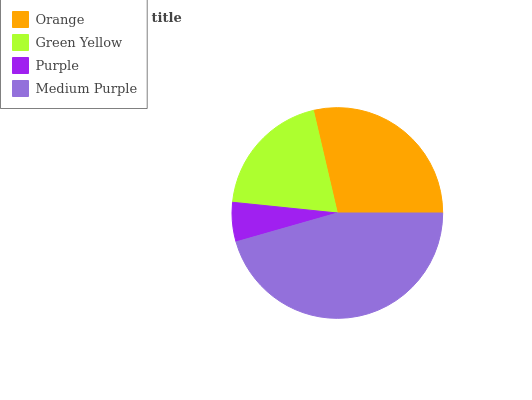
| Orange | Green Yellow | Purple | Medium Purple |
 | --- | --- | --- | --- |
 | 28.7% | 19.7% | 6.05% | 45.5% |